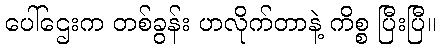
ပေါ်ဌေးက တစ်ခွန်း ဟလိုက်တာနဲ့ ကိစ္စ ပြီးပြီ။